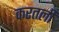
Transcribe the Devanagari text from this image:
करतली